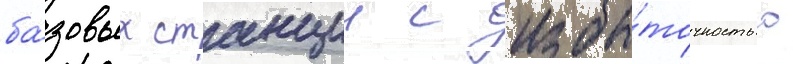
ба́зовых станции с избы́точностью